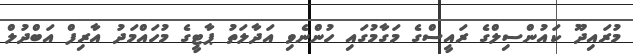
މުރައިދޫ ކައުންސިލްގެ ރައީސްގެ މަގާމުގައި ހުންނެވި އަދާލަތު ޕާޓީގެ މުހައްމަދު އާރިފް އަބްދުލް